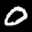
Label: 0